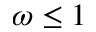
\omega \leq 1